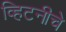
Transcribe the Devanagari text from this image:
व्हिटनीचे